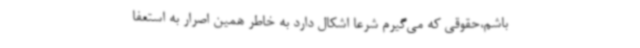
باشم،حقوقی که می‌گیرم شرعا اشکال دارد به خاطر همین اصرار به استعفا